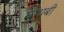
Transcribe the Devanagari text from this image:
माधबी